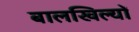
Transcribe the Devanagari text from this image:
बालखिल्यों